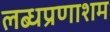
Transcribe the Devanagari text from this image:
लब्धप्रणाशम